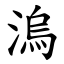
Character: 溩